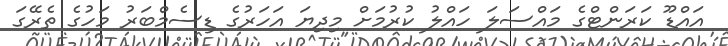
އައްޑޫ ކަރަންޓްގެ މައްސަލަ ހައްލު ކުރުމަށް މިދިޔަ އަހަރުގެ ޑިސެމްބަރު މަހުގެ ތެރޭގަ